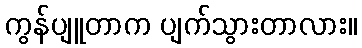
ကွန်ပျူတာက ပျက်သွားတာလား။